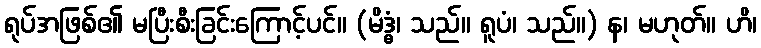
ရုပ်အဖြစ်၏ မပြီးစီးခြင်းကြောင့်ပင်။ (မိဒ္ဓံ၊ သည်။ ရူပံ၊ သည်။) န၊ မဟုတ်။ ဟိ၊